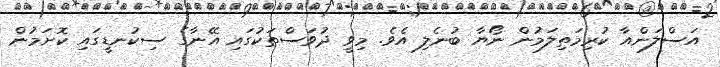
އަސްލަންއާ ކުރިމަތިލަމުން ނޯޔާ ބުނެލި އެވެ. މިވީ ދުވަސްތަކުގައި އޭނާގެ ސިކުނޑީގައި ކޮށަމުން